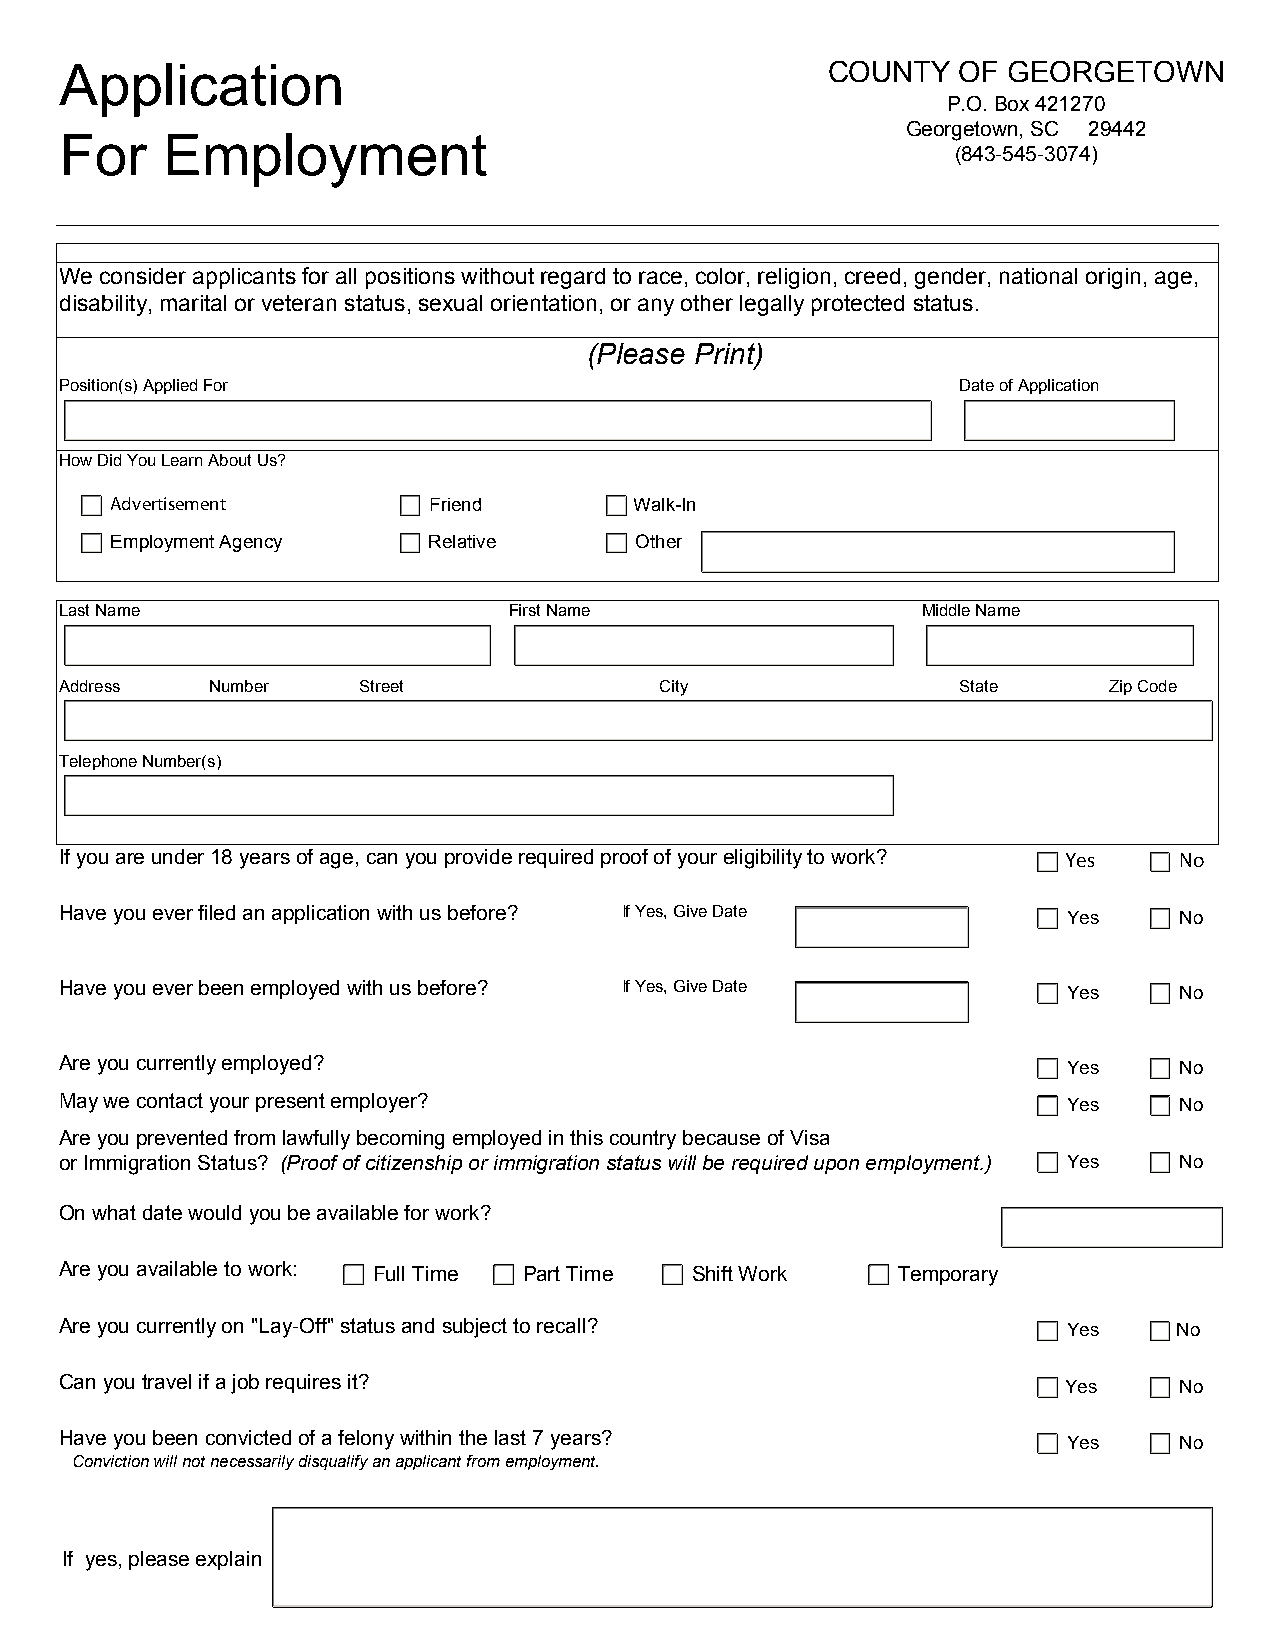
Application                                        COUNTY   OF GEORGETOWN
 P.O. Box 421270
 Georgetown, SC 29442
 For    Employment
 (843-545-3074)
 We consider applicants for all positions without regard to race, color, religion, creed, gender, national origin, age,
 disability, marital or veteran status, sexual orientation, or any other legally protected status.
 (Please Print)
 Position(s) Applied For                                     Date of Application
 How Did You Learn About Us?
 Advertisement        Friend        Walk-In
 Employment Agency    Relative      Other
 Last Name                     First Name                 Middle Name
 Address   Number    Street              City                State    Zip Code
 Telephone Number(s)
 If you are under 18 years of age, can you provide required proof of your eligibility to work? Yes No
 Have you ever filed an application with us before? If Yes, Give Date Yes  No
 Have you ever been employed with us before? If Yes, Give Date      Yes    No
 Are you currently employed?                                        Yes    No
 May we contact your present employer?                              Yes    No
 Are you prevented from lawfully becoming employed in this country because of Visa
 or Immigration Status? (Proof of citizenship or immigration status will be required upon employment.) Yes No
 On what date would you be available for work?
 Are you available to work: Full Time Part Time Shift Work Temporary
 Are you currently on "Lay-Off" status and subject to recall?       Yes    No
 Can you travel if a job requires it?                               Yes    No
 Have you been convicted of a felony within the last 7 years?       Yes    No
 Conviction will not necessarily disqualify an applicant from employment.
 If yes, please explain